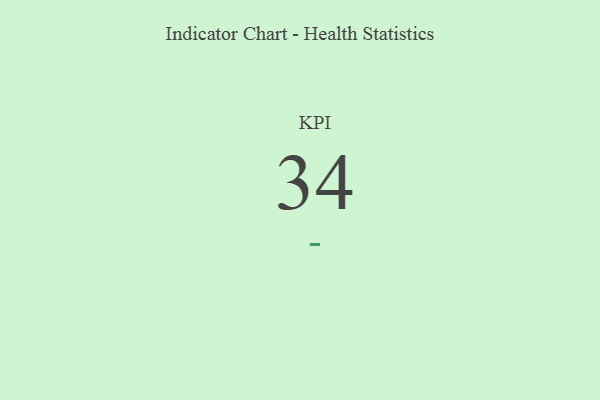
{"axis": {"x": "KPI", "y": "Value"}, "legend": [""], "data": [{"x": "KPI", "y": 34, "type": ""}]}